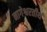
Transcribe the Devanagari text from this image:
नागेश्वरतीर्थ